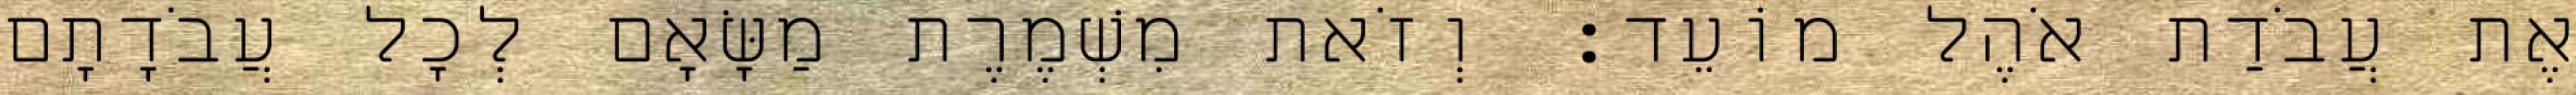
אֶת עֲבֹדַת אֹהֶל מוֹעֵד׃ וְזֹאת מִשְׁמֶרֶת מַשָּׂאָם לְכָל עֲבֹדָתָם